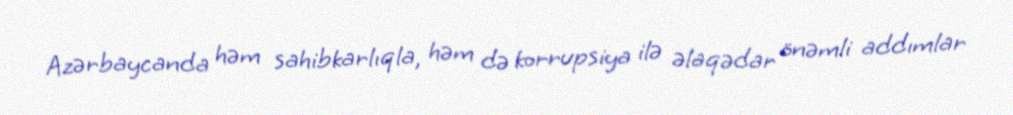
Azərbaycanda həm sahibkarlıqla, həm də korrupsiya ilə əlaqədar önəmli addımlar